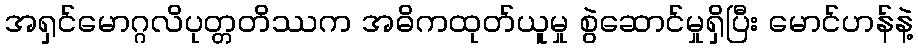
အရှင်မောဂ္ဂလိပုတ္တတိဿက အဓိကထုတ်ယူမှု စွဲဆောင်မှုရှိပြီး မောင်ဟန်နဲ့